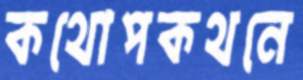
কথোপকথনে